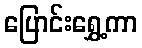
ပြောင်းရွှေ့ကာ